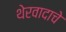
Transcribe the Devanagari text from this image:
थेरवादाचे